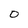
Character: O